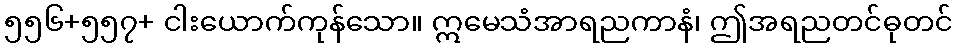
၅၅၆+၅၅၇+ ငါးယောက်ကုန်သော။ ဣမေသံအာရညကာနံ၊ ဤအရညတင်ဓုတင်